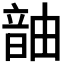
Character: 𬰹